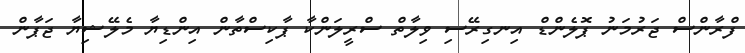
ފްރާންސް ޖަރުމަނު ޕޮލެންޑް އިނގިރޭސި ވިލާތް ސްރީލަންކާ ޕާކިސްތާން އިންޑިޔާ މެލޭޝިޔާ ޖަޕާން